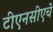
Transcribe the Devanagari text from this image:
टीएनसीएचे